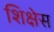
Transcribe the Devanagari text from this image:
शिक्षेस